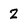
Character: Z